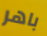
باهر